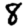
Digit: 8